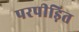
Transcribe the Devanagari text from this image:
परपीड़ित